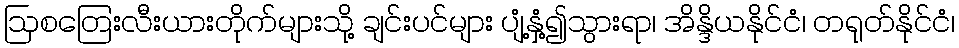
ဩစတြေးလီးယားတိုက်များသို့ ချင်းပင်များ ပျံ့နှံ့၍သွားရာ၊ အိန္ဒိယနိုင်ငံ၊ တရုတ်နိုင်ငံ၊